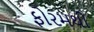
ફોરમથી